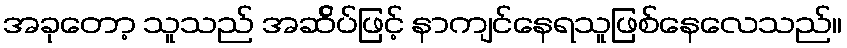
အခုတော့ သူသည် အဆ်ိပ်ဖြင့် နာကျင်နေရသူဖြစ်နေလေသည်။